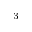
_ 3